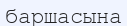
баршасына